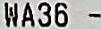
WA36 -